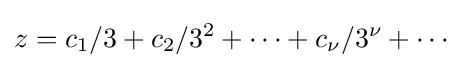
z=c_{1}/3+c_{2}/3^{2}+\cdots +c_{\nu }/3^{\nu }+\cdots